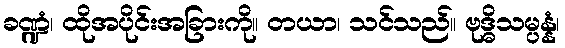
ခဏ္ဍံ၊ ထိုအပိုင်းအခြားကို။ တယာ၊ သင်သည်။ ဗုဒ္ဓိသမ္ပန္နံ၊